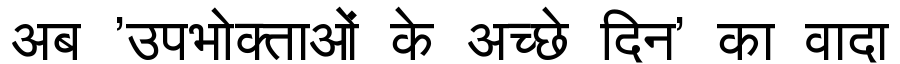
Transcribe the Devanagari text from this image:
अब 'उपभोक्ताओं के अच्छे दिन' का वादा